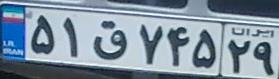
۵۱ق۷۴۵۲۹